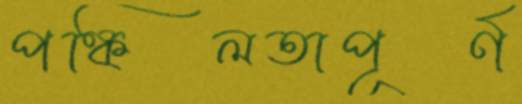
পঙ্কিলতাপূর্ণ